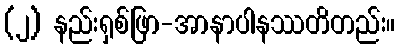
(၂) နည်းရှစ်ဖြာ-အာနာပါနဿတိတည်း။